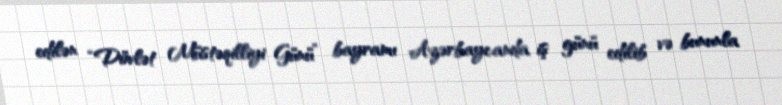
edilən “Dövlət Müstəqilliyi Günü” bayramı Azərbaycanda iş günü edilib və bununla